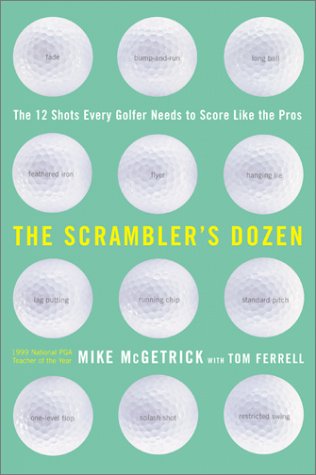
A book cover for The Scrambler's Dozen: The 12 Shots Every Golfer Needs to Score Like the Pros; Mike McGetrick; Sports & Outdoors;